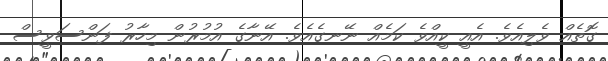
ގޮތެއް ވެލިއެވެ. އެއީ ކީއްވެ ކަމެއް ނޭނގެއެވެ. އޭނާގެ އުމުރުން މިހާރު ފަންސަވީސް